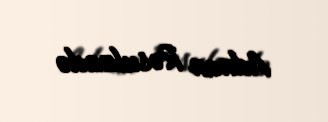
Adnan Rəsulzadə